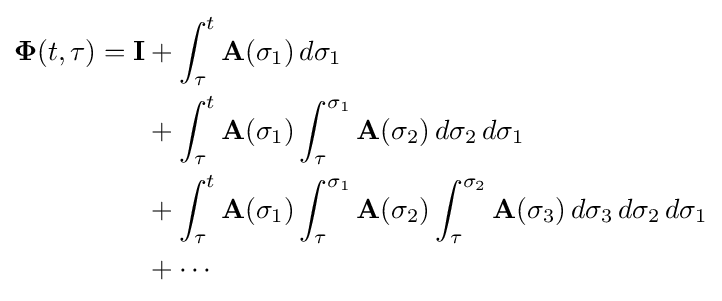
{\begin{aligned}\mathbf {\Phi } (t,\tau )=\mathbf {I} &+\int _{\tau }^{t}\mathbf {A} (\sigma _{1})\,d\sigma _{1}\\&+\int _{\tau }^{t}\mathbf {A} (\sigma _{1})\int _{\tau }^{\sigma _{1}}\mathbf {A} (\sigma _{2})\,d\sigma _{2}\,d\sigma _{1}\\&+\int _{\tau }^{t}\mathbf {A} (\sigma _{1})\int _{\tau }^{\sigma _{1}}\mathbf {A} (\sigma _{2})\int _{\tau }^{\sigma _{2}}\mathbf {A} (\sigma _{3})\,d\sigma _{3}\,d\sigma _{2}\,d\sigma _{1}\\&+\cdots \end{aligned}}